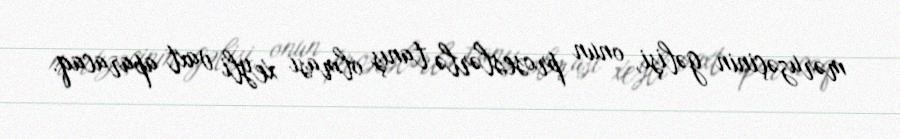
məruzəçinin gəlişi, onun proseslərlə tanış olması xeyli vaxt aparacaq.